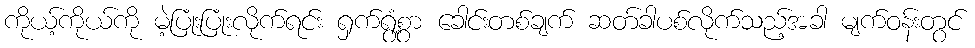
ကိုယ့်ကိုယ်ကို မဲ့ပြုံးပြုံးလိုက်ရင်း ရှက်ရွံ့စွာ ခေါင်းတစ်ချက် ဆတ်ခါပစ်လိုက်သည့်အခါ မျက်ဝန်းတွင်